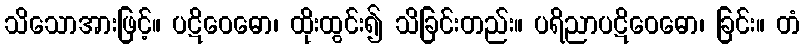
သိသောအားဖြင့်။ ပဋိဝေဓော၊ ထိုးထွင်း၍ သိခြင်းတည်း။ ပရိညာပဋိဝေဓော၊ ခြင်း။ တံ